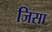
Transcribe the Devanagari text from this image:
जिसा